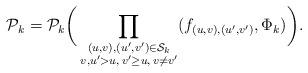
LaTeX: \begin{align*}\mathcal P_k=\mathcal P_k\biggl(\,\prod_{\substack{(u,v),(u',v')\in\mathcal S_k\cr v,u'>u,\, v'\ge u,\, v\ne v'}}(f_{(u,v),(u',v')},\Phi_k)\biggr).\end{align*}